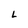
Character: L